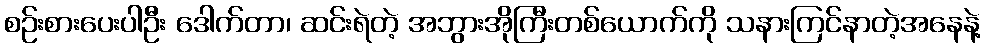
စဉ်းစားပေးပါဦး ဒေါက်တာ၊ ဆင်းရဲတဲ့ အဘွားအိုကြီးတစ်ယောက်ကို သနားကြင်နာတဲ့အနေနဲ့